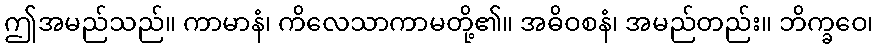
ဤအမည်သည်။ ကာမာနံ၊ ကိလေသာကာမတို့၏။ အဓိဝစနံ၊ အမည်တည်း။ ဘိက္ခဝေ၊